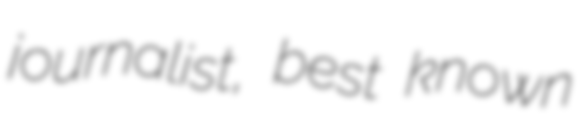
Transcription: journalist, best known